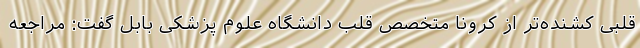
قلبی کشنده‌تر از کرونا متخصص قلب دانشگاه علوم پزشکی بابل گفت: مراجعه